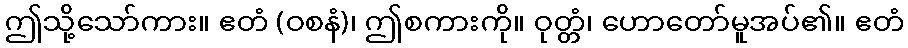
ဤသို့သော်ကား။ ဧတံ (ဝစနံ)၊ ဤစကားကို။ ဝုတ္တံ၊ ဟောတော်မူအပ်၏။ ဧတံ